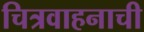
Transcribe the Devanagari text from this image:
चित्रवाहनाची